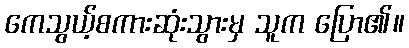
ကေသွယ့်စကားဆုံးသွားမှ သူက ပြော၏။